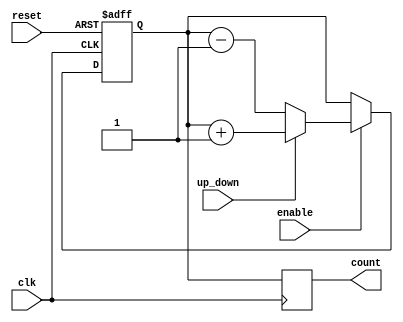
module ChainedParallelCounter #(
    parameter N = 4 // Number of bits for the counter
)(
    input wire clk,           // Clock signal
    input wire reset,         // Synchronous reset
    input wire enable,        // Enable counting
    input wire up_down,       // Count direction (1 for up, 0 for down)
    output reg [N-1:0] count  // Counter output
);

// Chained Configuration
generate
    if (1) begin : chained_counter
        reg [N-1:0] temp_count;

        always @(posedge clk or posedge reset) begin
            if (reset) begin
                temp_count <= 0;
            end else if (enable) begin
                // Chained logic for counting
                if (up_down) begin
                    // Count Up
                    temp_count <= temp_count + 1;
                end else begin
                    // Count Down
                    temp_count <= temp_count - 1;
                end
            end
        end

        always @(posedge clk) begin
            count <= temp_count; // Output the current count
        end
    end
endgenerate

// Uncomment the following block for parallel configuration
/*
generate
    if (0) begin : parallel_counter
        always @(posedge clk or posedge reset) begin
            if (reset) begin
                count <= 0;
            end else if (enable) begin
                if (up_down) begin
                    count <= count + 1; // Count Up
                end else begin
                    count <= count - 1; // Count Down
                end
            end
        end
    end
endgenerate
*/

endmodule